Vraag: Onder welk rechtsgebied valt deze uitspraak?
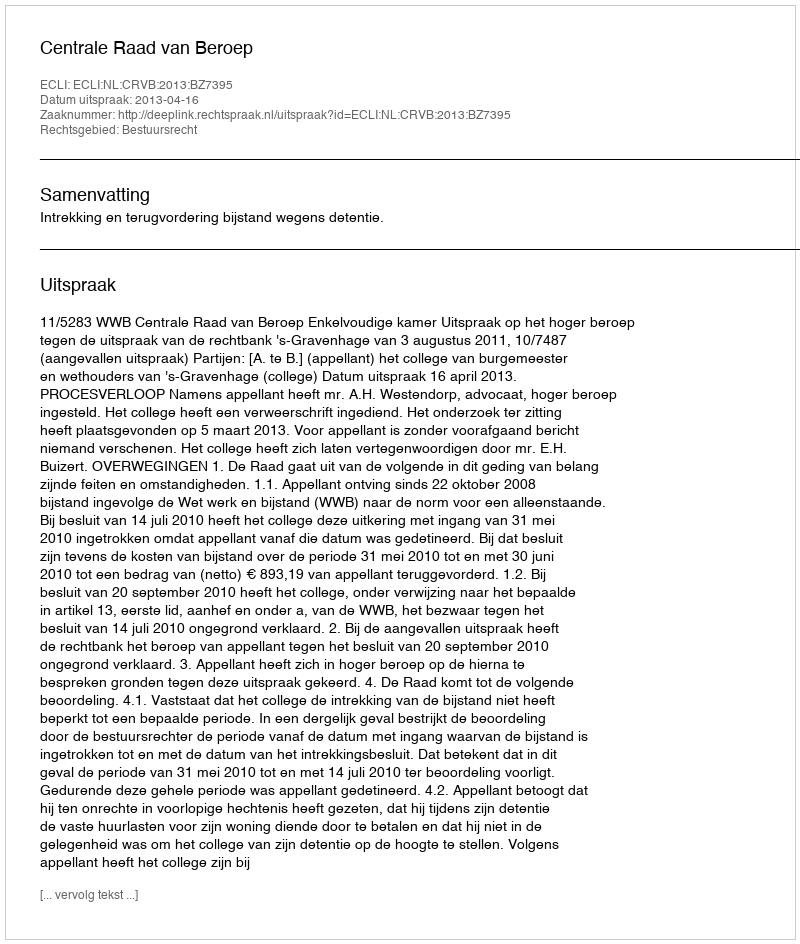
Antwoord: Bestuursrecht